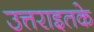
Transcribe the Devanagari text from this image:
उत्तराइतके